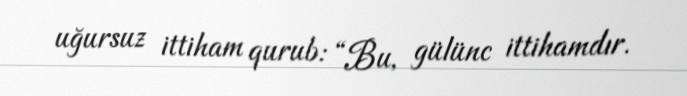
uğursuz ittiham qurub: “Bu, gülünc ittihamdır.